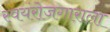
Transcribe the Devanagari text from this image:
स्वयंरोजगाराला